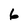
Character: 6